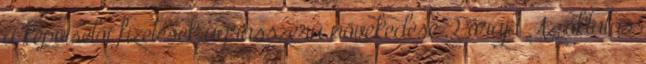
a képviselői fizetések ugrásszerű növekedése 2 órája Az oktatás